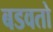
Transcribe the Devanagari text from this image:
बडवतो